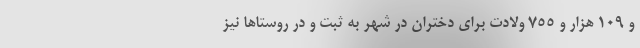
و ۱۰۹ هزار و ۷۵۵ ولادت برای دختران در شهر به ثبت و در روستاها نیز